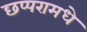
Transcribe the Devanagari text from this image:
छप्परामधे